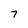
Character: 7